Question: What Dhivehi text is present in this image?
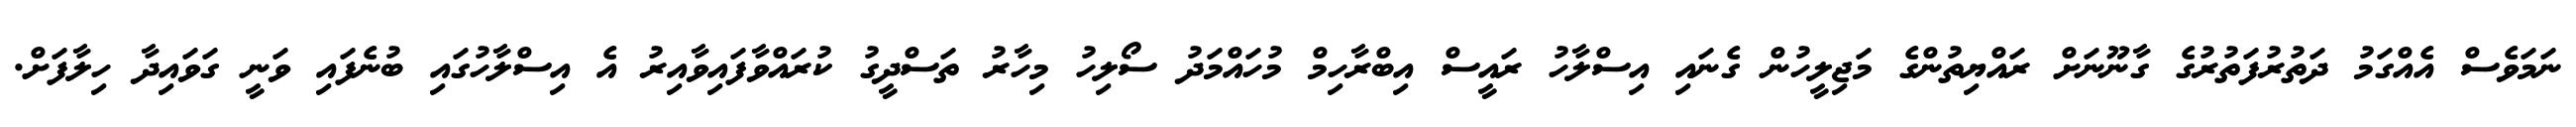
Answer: ނަމަވެސް އެއްގަމު ދަތުރުފަތުރުގެ ގާނޫނަށް ރައްޔިތުންގެ މަޖިލީހުން ގެނައި އިސްލާހު ރައީސް އިބްރާހިމް މުހައްމަދު ސޯލިހު މިހާރު ތަސްދީގު ކުރައްވާފައިވާއިރު އެ އިސްލާހުގައި ބުނެފައި ވަނީ ގަވައިދާ ހިލާފަށް.